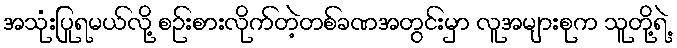
အသုံးပြုရမယ်လို့ စဉ်းစားလိုက်တဲ့တစ်ခဏအတွင်းမှာ လူအများစုက သူတို့ရဲ့